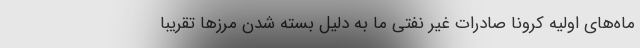
ماه‌های اولیه کرونا صادرات غیر نفتی ما به دلیل بسته شدن مرز‌ها تقریبا